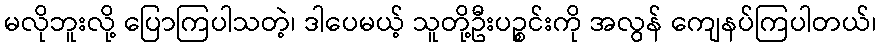
မလိုဘူးလို့ ပြောကြပါသတဲ့၊ ဒါပေမယ့် သူတို့ဦးပဉ္စင်းကို အလွန် ကျေနပ်ကြပါတယ်၊